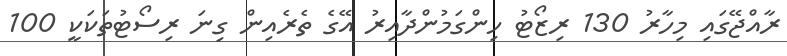
ރާއްޖޭގައި މިހާރު 130 ރިޒޯޓު ހިންގަމުންދާއިރު އޭގެ ތެރެއިން ގިނަ ރިސޯޓުތަކަކީ 100